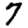
Digit: 7